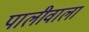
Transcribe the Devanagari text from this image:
पालीवाला